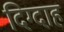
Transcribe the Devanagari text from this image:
दिग्दाह